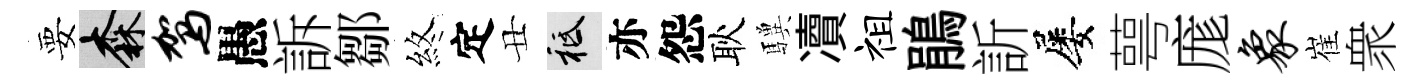
要森驾愚訴鄒煞定丑祇亦怨耿驥凟祖鵑訢屡萼庬象崔衆